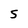
Character: s